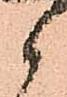
候